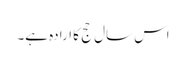
اس سال حج کا ارادہ ہے۔